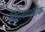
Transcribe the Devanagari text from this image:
किलमार्नाक